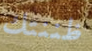
ظننتك